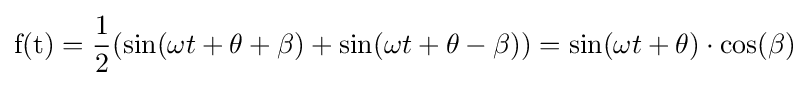
{\mbox{f(t)}}={\frac {1}{2}}(\sin(\omega t+\theta +\beta )+\sin(\omega t+\theta -\beta ))=\sin(\omega t+\theta )\cdot \cos(\beta )